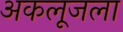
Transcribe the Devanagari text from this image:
अकलूजला